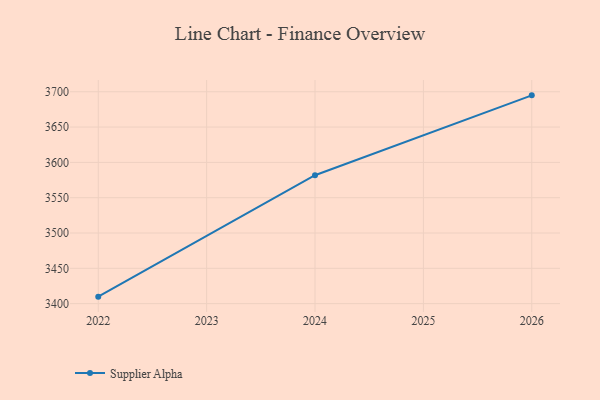
{"axis": {"x": "Year", "y": "Shipments"}, "legend": ["Supplier Alpha"], "data": [{"x": "2026", "y": 3694.9, "type": "Supplier Alpha"}, {"x": "2024", "y": 3581.8, "type": "Supplier Alpha"}, {"x": "2022", "y": 3409.9, "type": "Supplier Alpha"}]}